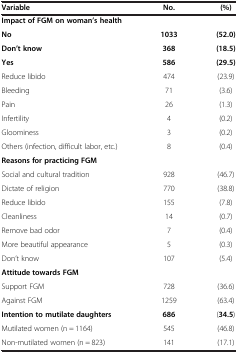
<table><thead><tr><td><b>Variable</b></td><td><b>No.</b></td><td><b>(%)</b></td></tr></thead><tbody><tr><td><b>Impact of FGM on woman’s health</b></td><td> </td><td> </td></tr><tr><td><b>No</b></td><td><b>1033</b></td><td><b>(52.0)</b></td></tr><tr><td><b>Don’t know</b></td><td><b>368</b></td><td><b>(18.5)</b></td></tr><tr><td><b>Yes</b></td><td><b>586</b></td><td><b>(29.5)</b></td></tr><tr><td>Reduce libido</td><td>474</td><td>(23.9)</td></tr><tr><td>Bleeding</td><td>71</td><td>(3.6)</td></tr><tr><td>Pain</td><td>26</td><td>(1.3)</td></tr><tr><td>Infertility</td><td>4</td><td>(0.2)</td></tr><tr><td>Gloominess</td><td>3</td><td>(0.2)</td></tr><tr><td>Others (infection, difficult labor, etc.)</td><td>8</td><td>(0.4)</td></tr><tr><td><b>Reasons for practicing FGM</b></td><td> </td><td> </td></tr><tr><td>Social and cultural tradition</td><td>928</td><td>(46.7)</td></tr><tr><td>Dictate of religion</td><td>770</td><td>(38.8)</td></tr><tr><td>Reduce libido</td><td>155</td><td>(7.8)</td></tr><tr><td>Cleanliness</td><td>14</td><td>(0.7)</td></tr><tr><td>Remove bad odor</td><td>7</td><td>(0.4)</td></tr><tr><td>More beautiful appearance</td><td>5</td><td>(0.3)</td></tr><tr><td>Don’t know</td><td>107</td><td>(5.4)</td></tr><tr><td><b>Attitude towards FGM</b></td><td> </td><td> </td></tr><tr><td>Support FGM</td><td>728</td><td>(36.6)</td></tr><tr><td>Against FGM</td><td>1259</td><td>(63.4)</td></tr><tr><td><b>Intention to mutilate daughters</b></td><td><b>686</b></td><td>(<b>34.5</b>)</td></tr><tr><td>Mutilated women (n = 1164)</td><td>545</td><td>(46.8)</td></tr><tr><td>Non-mutilated women (n = 823)</td><td>141</td><td>(17.1)</td></tr></tbody></table>